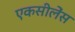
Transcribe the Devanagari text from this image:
एकसीलेंस